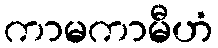
ကာမကာမီဟံ